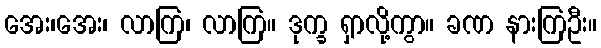
အေး၊အေး၊ လာကြ၊ လာကြ။ ဒုက္ခ ရှာလို့ကွာ။ ခဏ နားကြဦး။